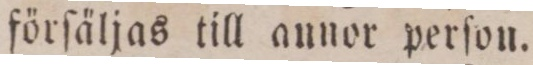
förſäljas till annor perſon.